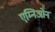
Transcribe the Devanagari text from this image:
एम्निओन